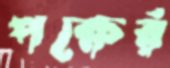
পক্ষের্র